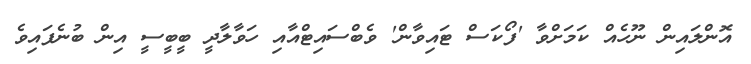
އޮންލައިން ނޫހެއް ކަމަށްވާ 'ފޯކަސް ޓައިވާން' ވެބްސައިޓްއާއި ހަވާލާދީ ބީބީސީ އިން ބުނެފައިވެ